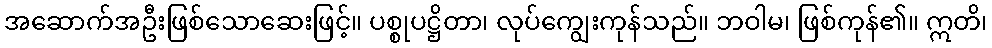
အဆောက်အဦးဖြစ်သောဆေးဖြင့်။ ပစ္စုပဋ္ဌိတာ၊ လုပ်ကျွေးကုန်သည်။ ဘဝါမ၊ ဖြစ်ကုန်၏။ ဣတိ၊